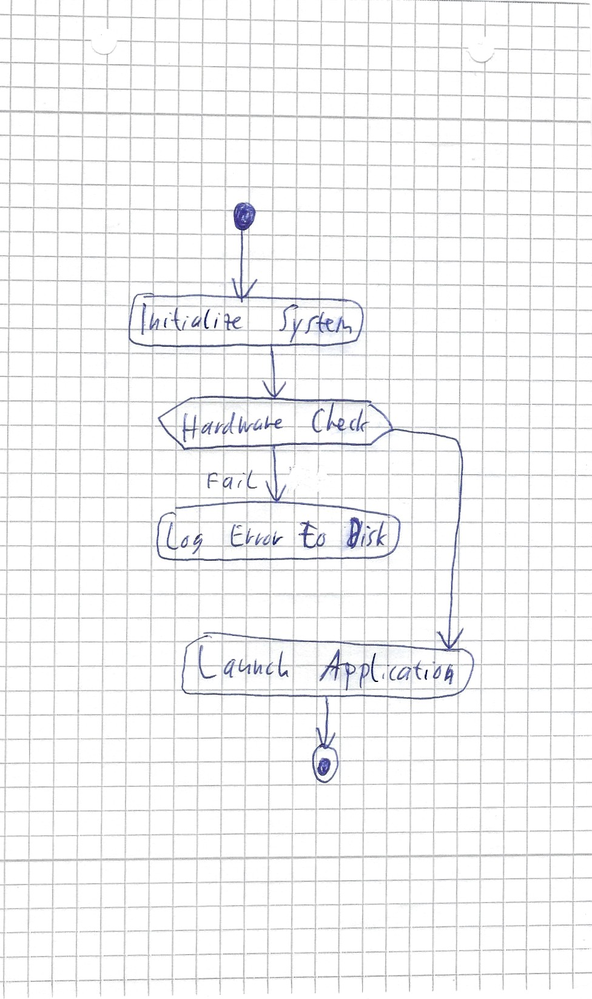
Diagram type: activity_diagram
```plantuml
@startuml

start
:Initialize System;

if (Hardware Check) then (Fail)
   :Log Error to Disk;
   detach
endif

:Launch Application;

stop

@enduml
```